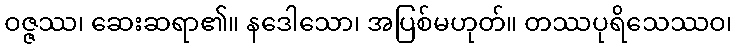
ဝဇ္ဇဿ၊ ဆေးဆရာ၏။ နဒေါသော၊ အပြစ်မဟုတ်။ တဿပုရိသေဿဝ၊